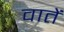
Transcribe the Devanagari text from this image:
वातें